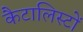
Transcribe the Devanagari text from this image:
कैटालिस्टों